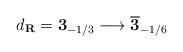
\begin{align*}d_{\bf R}={\bf 3}_{-1/3} \longrightarrow \overline {\bf 3}_{-1/6}\end{align*}